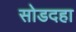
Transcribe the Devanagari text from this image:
सोडदहा